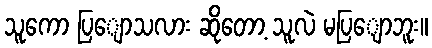
သူကော ပြျောသလား ဆိုတော့ သူလဲ မပြျောဘူး။